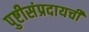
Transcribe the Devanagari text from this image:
पुष्टीसंप्रदायची